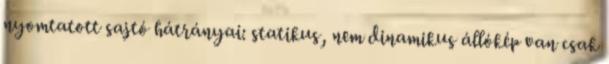
nyomtatott sajtó hátrányai: statikus, nem dinamikus állókép van csak